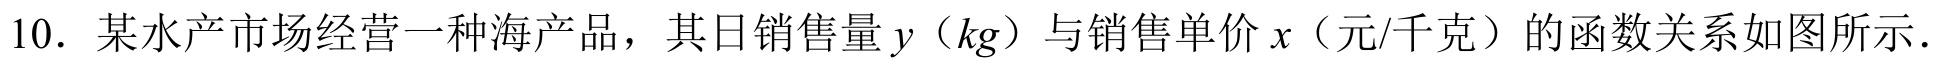
10. 某水产市场经营一种海产品，其日销售量\(y\)（\(kg\)）与销售单价\(x\)（元/千克）的函数关系如图所示．